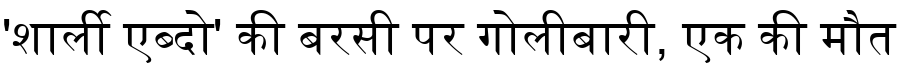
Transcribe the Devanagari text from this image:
'शार्ली एब्दो' की बरसी पर गोलीबारी, एक की मौत